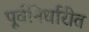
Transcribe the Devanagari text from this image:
पूर्वनिर्धारीत